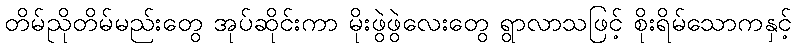
တိမ်ညိုတိမ်မည်းတွေ အုပ်ဆိုင်းကာ မိုးဖွဲဖွဲလေးတွေ ရွာလာသဖြင့် စိုးရိမ်သောကနှင့်